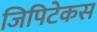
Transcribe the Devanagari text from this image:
जिपिटेकस